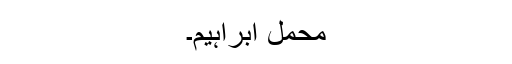
محمل ابراہیم۔